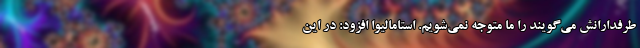
طرفدارانش می‌گویند را ما متوجه نمی‌شویم. استامالیوا افزود: در این